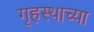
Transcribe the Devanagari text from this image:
गृ्हस्थाच्या